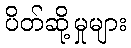
ပိတ်ဆို့မှုများ